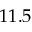
1 1 . 5